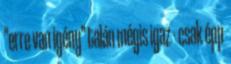
"erre van igény" talán mégis igaz - csak épp